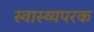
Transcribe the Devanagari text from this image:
स्वास्थ्यपरक